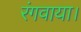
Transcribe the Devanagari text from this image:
रंगवाया।